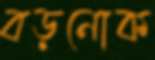
বড়নোক